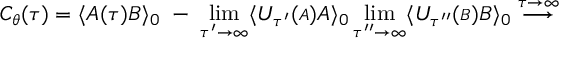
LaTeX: C _ { \theta } ( \tau ) = \langle { \cal A } ( \tau ) { \cal B } \rangle _ { 0 } \; - \; \operatorname * { l i m } _ { \tau ^ { \prime } \rightarrow \infty } \langle { \cal U } _ { \tau ^ { \prime } } ( { \scriptstyle { \cal A } } ) { \cal A } \rangle _ { 0 } \operatorname * { l i m } _ { \tau ^ { \prime \prime } \rightarrow \infty } \langle { \cal U } _ { \tau ^ { \prime \prime } } ( { \scriptstyle { \cal B } } ) { \cal B } \rangle _ { 0 } \stackrel { \tau \rightarrow \infty } { \longrightarrow }